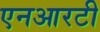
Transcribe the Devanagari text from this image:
एनआरटी